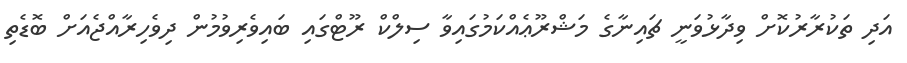
އަދި ތަކުރާރުކޮށް ވިދާޅުވަނީ ޗައިނާގެ މަޝްރޫޢެއްކަމުގައިވާ ސިލްކް ރޫޓްގައި ބައިވެރިވުމުން ދިވެހިރާއްޖެއަށް ބޮޑެތި